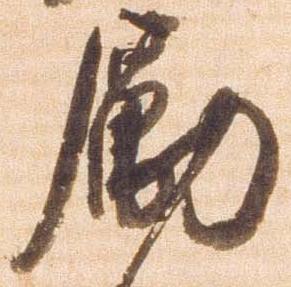
励